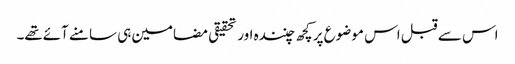
اس سے قبل اس موضوع پر کچھ چنندہ اور تحقیقی مضامین ہی سامنے آئےتھے۔